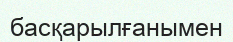
басқарылғанымен